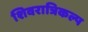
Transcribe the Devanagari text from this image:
शिवरात्रिकल्प